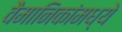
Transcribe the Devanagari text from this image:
वैमानिकांमध्ये